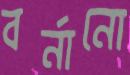
বর্নানো